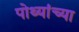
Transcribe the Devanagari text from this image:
पोथ्यांच्या